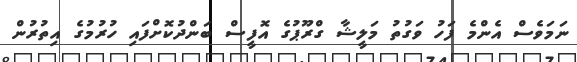
ނަމަވެސް އެންމެ ފަހު ވަގުތު މަލީޝާ ގްރޫޕުގެ އޮފީސް ބަންދުކޮށްފައި ހުރުމުގެ އިތުރުން